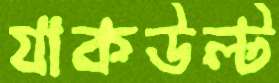
যাকউল্‌ট